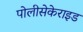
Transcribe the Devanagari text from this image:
पोलीसेकेराइड